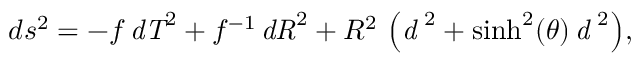
d s ^ { 2 } = { \displaystyle - f \, { \it d T } ^ { 2 } + f ^ { - 1 } \, { \it d R } ^ { 2 } + R ^ { 2 } \, \left( { \it d \theta } ^ { 2 } + \sinh ^ { 2 } ( \theta ) \, { \it d \phi } ^ { 2 } \right) } ,